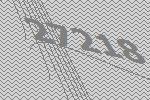
27218